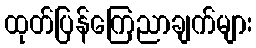
ထုတ်ပြန်ကြေညာချက်များ